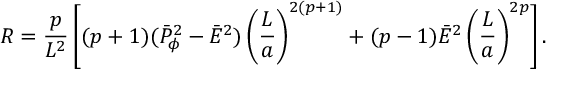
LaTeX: { \cal R } = { \frac { p } { L ^ { 2 } } } \left[ ( p + 1 ) ( \bar { P } _ { \phi } ^ { 2 } - \bar { E } ^ { 2 } ) \left( { \frac { L } { a } } \right) ^ { 2 ( p + 1 ) } + ( p - 1 ) \bar { E } ^ { 2 } \left( { \frac { L } { a } } \right) ^ { 2 p } \right] .